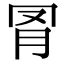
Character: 𦊌